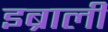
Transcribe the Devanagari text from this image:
इब्राली